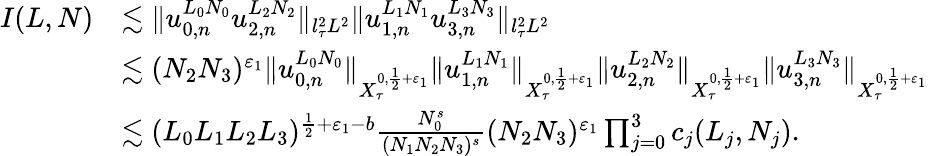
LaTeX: \begin{array}{rl}{I(L,N)}&{\lesssim\Vert u_{0,n}^{L_{0}N_{0}}u_{2,n}^{L_{2}N_{2}}\Vert_{l_{\tau}^{2}L^{2}}\Vert u_{1,n}^{L_{1}N_{1}}u_{3,n}^{L_{3}N_{3}}\Vert_{l_{\tau}^{2}L^{2}}}\\ &{\lesssim(N_{2}N_{3})^{\varepsilon_{1}}\Vert u_{0,n}^{L_{0}N_{0}}\Vert_{X_{\tau}^{0,\frac{1}{2}+\varepsilon_{1}}}\Vert u_{1,n}^{L_{1}N_{1}}\Vert_{X_{\tau}^{0,\frac{1}{2}+\varepsilon_{1}}}\Vert u_{2,n}^{L_{2}N_{2}}\Vert_{X_{\tau}^{0,\frac{1}{2}+\varepsilon_{1}}}\Vert u_{3,n}^{L_{3}N_{3}}\Vert_{X_{\tau}^{0,\frac{1}{2}+\varepsilon_{1}}}}\\ &{\lesssim(L_{0}L_{1}L_{2}L_{3})^{\frac{1}{2}+\varepsilon_{1}-b}\frac{N_{0}^{s}}{(N_{1}N_{2}N_{3})^{s}}(N_{2}N_{3})^{\varepsilon_{1}}\prod_{j=0}^{3}c_{j}(L_{j},N_{j}).}\end{array}